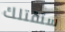
ستقتلك